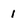
Character: 1